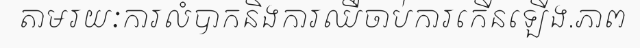
តាមរយៈការលំបាកនិងការឈឺចាប់ការកើនឡើង.ភាព